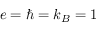
e = \hbar = k _ { B } = 1